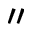
^ { \prime \prime }